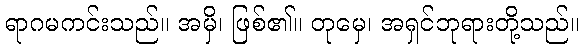
ရာဂမကင်းသည်။ အမှိ၊ ဖြစ်၏။ တုမှေ၊ အရှင်ဘုရားတို့သည်။